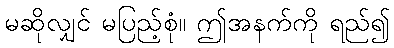
မဆိုလျှင် မပြည့်စုံ။ ဤအနက်ကို ရည်၍